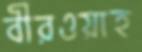
বীরওয়াহ